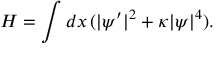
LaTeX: H = \int d x \, ( | \psi ^ { \prime } | ^ { 2 } + \kappa | \psi | ^ { 4 } ) .